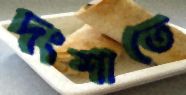
দংশাতে